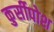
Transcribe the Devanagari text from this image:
कुर्सीपोश